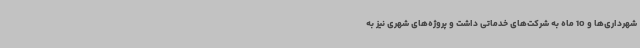
شهرداری‌ها و 10 ماه به شرکت‌های خدماتی داشت و پروژه‌های شهری نیز به